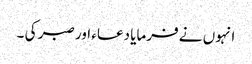
انہوں نے فرمایا دعاء اور صبر کی ۔